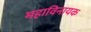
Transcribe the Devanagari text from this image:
महाविनायक